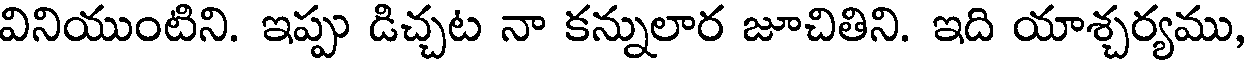
వినియుంటిని. ఇప్పు డిచ్చట నా కన్నులార జూచితిని. ఇది యాశ్చర్యము,